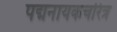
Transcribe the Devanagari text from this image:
पद्मनायकचरित्र